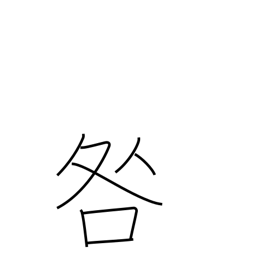
Meaning: reprimand